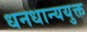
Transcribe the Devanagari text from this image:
धनधान्ययुक्त